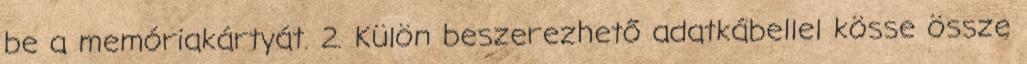
be a memóriakártyát. 2. Külön beszerezhető adatkábellel kösse össze